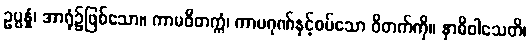
ဥပ္ပန္နံ၊ အာရုံ၌ဖြစ်သော။ ကာမဝိတက္ကံ၊ ကာမဂုဏ်နှင့်စပ်သော ဝိတက်ကို။ နာဓိဝါသေတိ၊